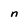
Character: n